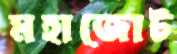
মহাজোট